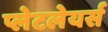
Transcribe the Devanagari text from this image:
प्लेटलेयर्स